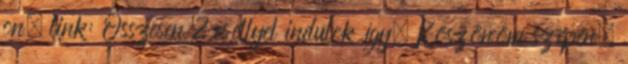
on. link: Összesen 2 eséllyel indulok így. Köszönöm szépen.